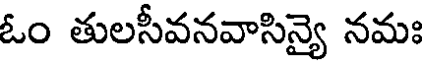
ఓం తులసీవనవాసిన్యై నమః